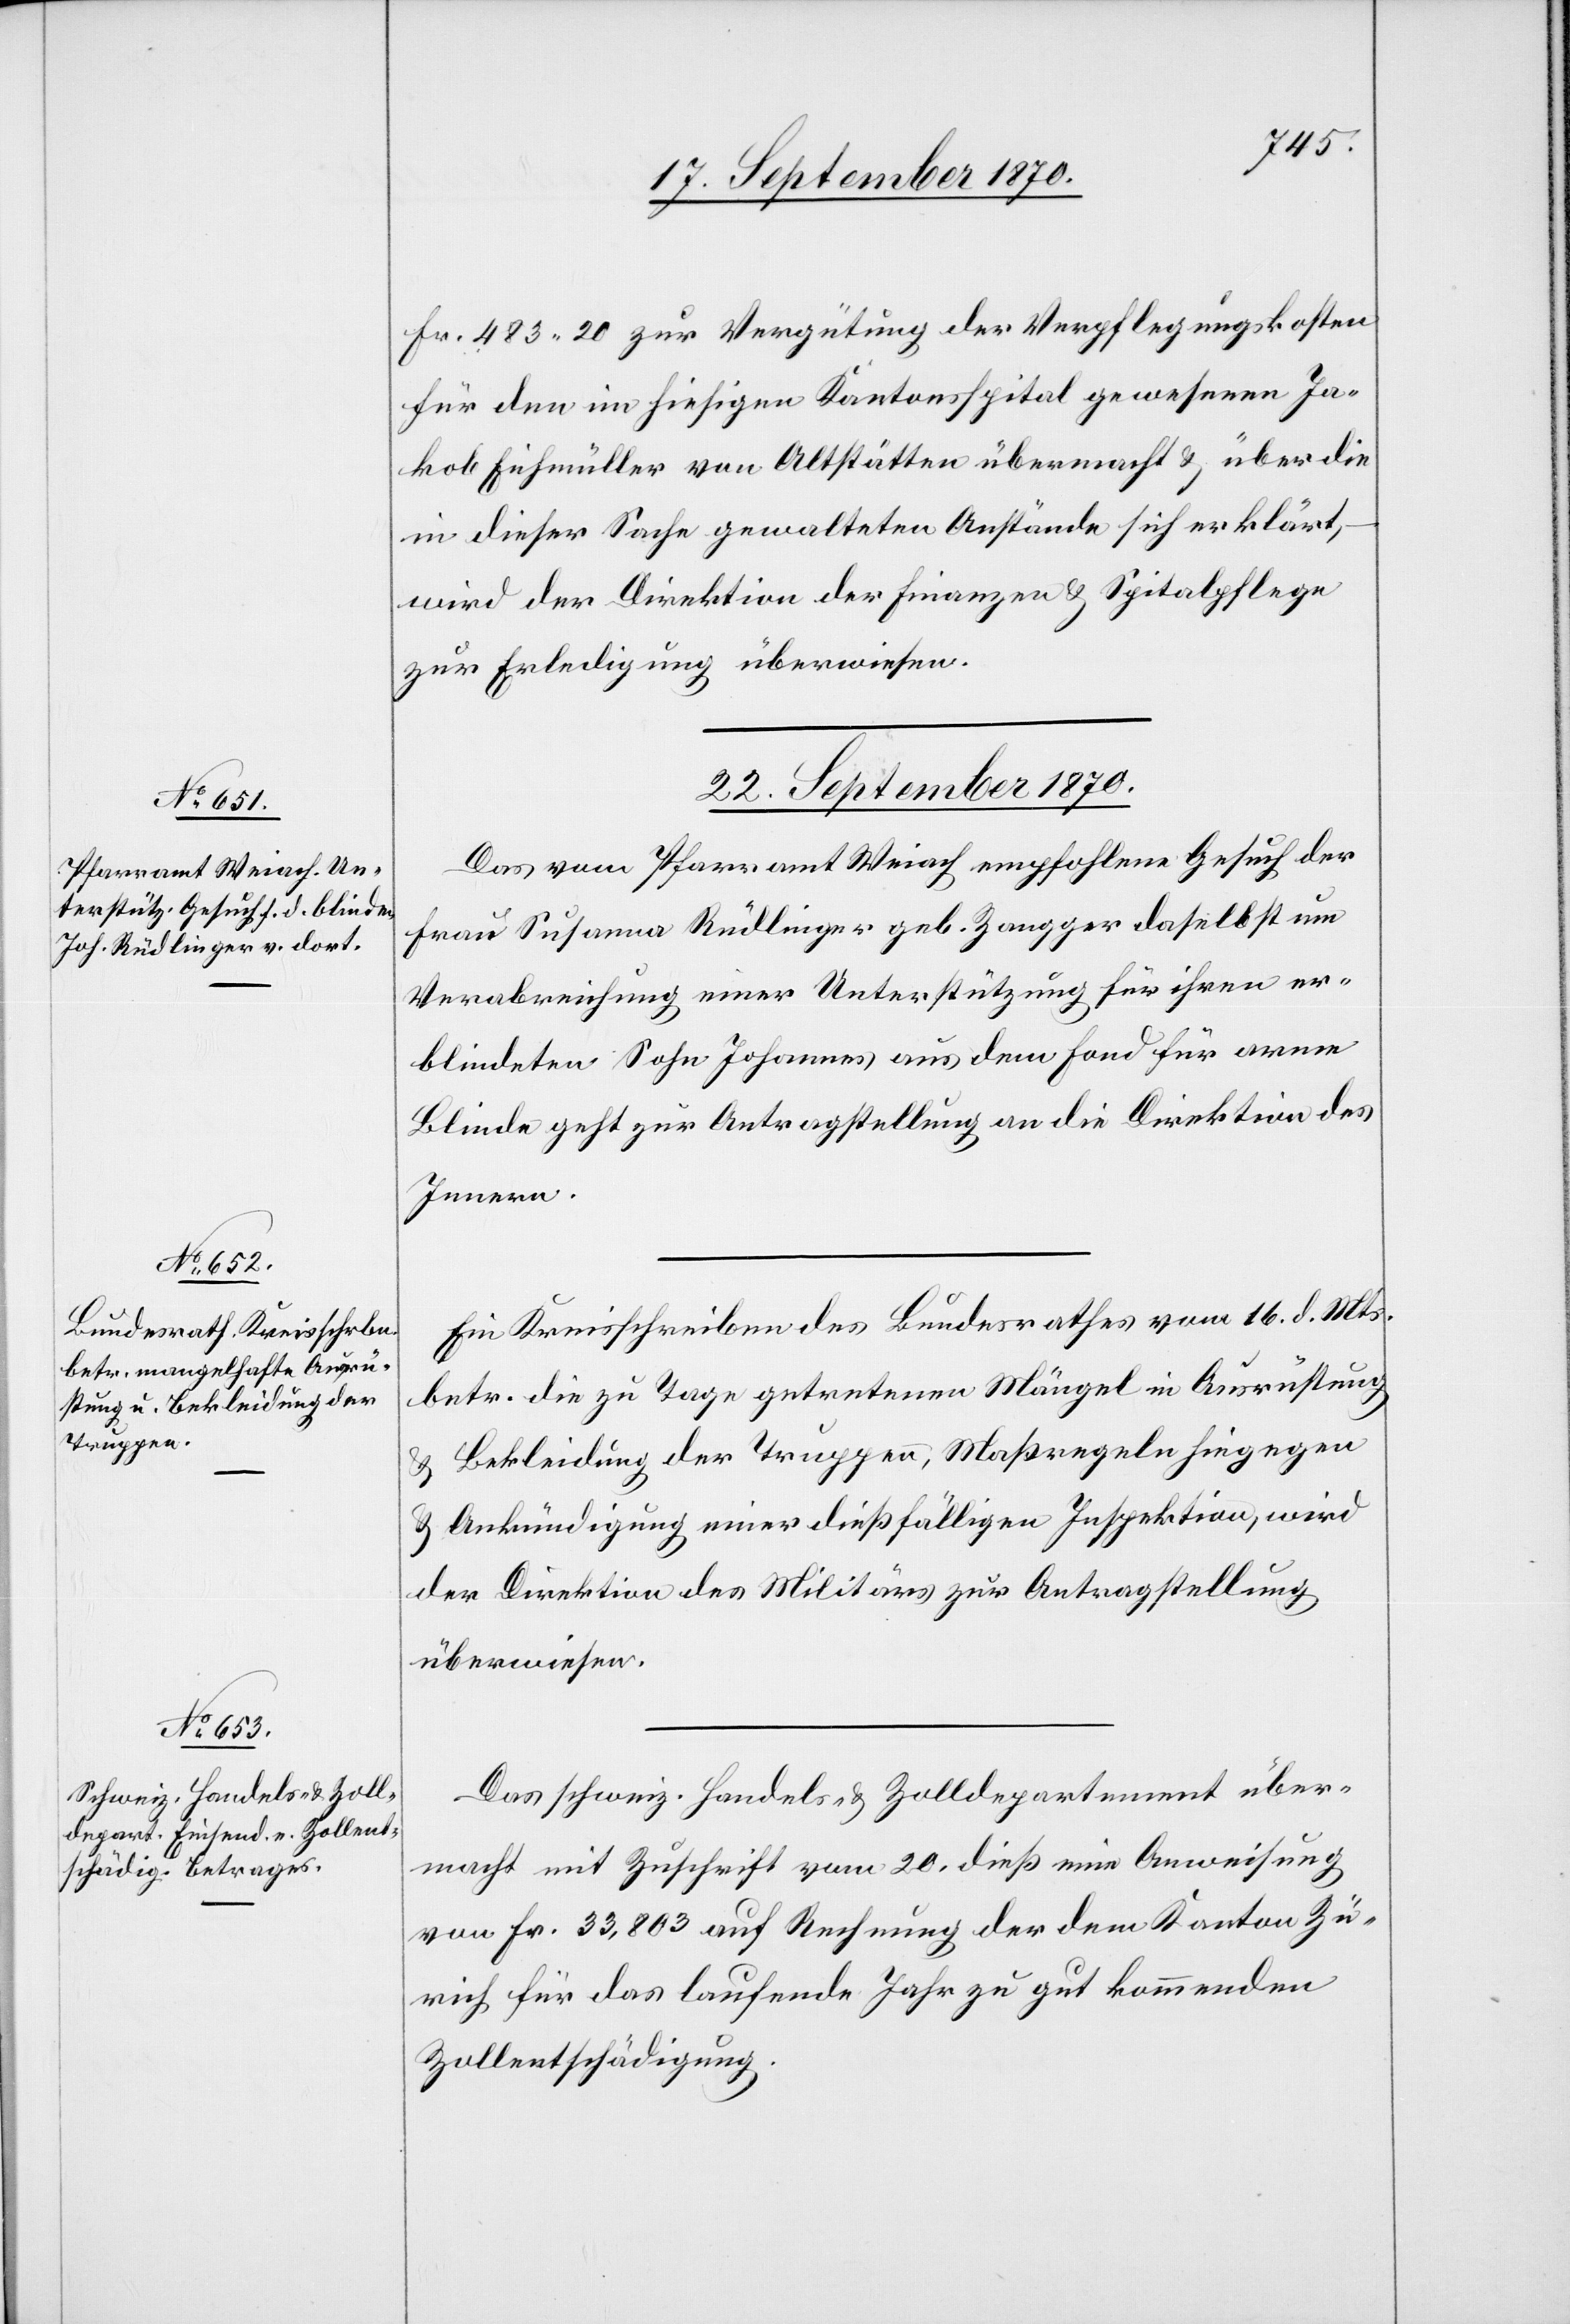
Fr. 483.20 zur Vergütung der Verpflegungskosten
für den im hiesigen Kantonsspital gewesenen Ja¬
kob Eichmüller von Altstätten übermacht & über die
in dieser Sache gewalteten Anstände sich erklärt,
wird der Direktion der Finanzen & Spitalpflege
zur Erledigung überwiesen.
22. September 1870.]
Das vom Pfarramt Weiach empfohlene Gesuch der
Frau Susanna Rüdlinger geb. Zangger daselbst um
Verabreichung einer Unterstützung für ihren er¬
blindeten Sohn Johannes aus dem Fond für arme
Blinde geht zur Antragstellung an die Direktion des
Innern.
Ein Kreisschreiben des Bundesrathes vom 16. d. Mts.
betr. die zu Tage getretenen Mängel in Ausrüstung
& Bekleidung der Truppen, Maßregeln hiegegen
& Ankündigung einer dießfälligen Inspektion, wird
der Direktion des Militärs zur Antragstellung
überweisen.
Das schweiz. Handels- & Zolldepartement über¬
macht mit Zuschrift vom 20. dieß eine Anweisung
von Fr. 33,803 auf Rechnung der dem Kanton Zü¬
rich für das laufende Jahr zu gut kommenden
Zollentschädigung.